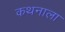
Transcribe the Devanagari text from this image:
कथनाला